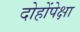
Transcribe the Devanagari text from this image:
दोहोंपेक्षा